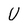
Character: U